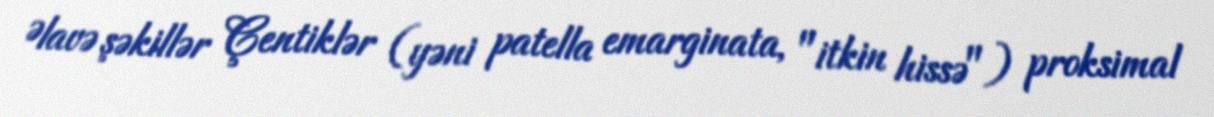
Əlavə şəkillər Çentiklər (yəni patella emarginata, "itkin hissə") proksimal